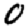
Digit: 0